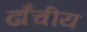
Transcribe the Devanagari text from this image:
ढाँचीय